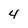
Character: 4